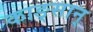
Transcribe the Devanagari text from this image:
काङ्सान्